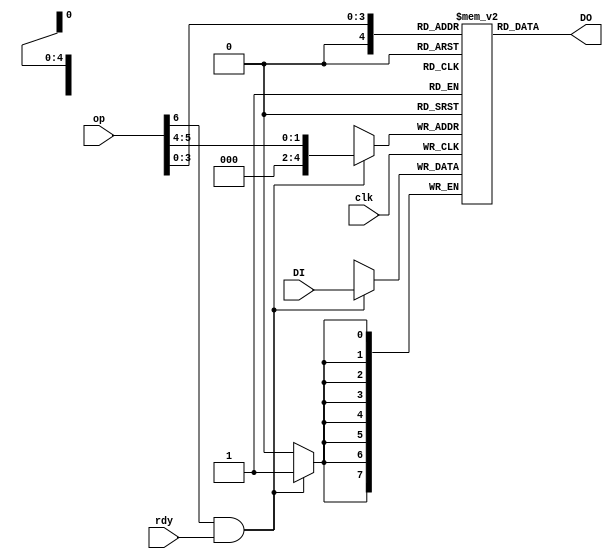
/*
 * simple dual ported register file
 *
 * (C) Arlet Ottens <arlet@c-scape.nl>
 */
module regfile(
    input clk,
    input rdy,
    input [6:0] op,
    input [7:0] DI,
    output [7:0] DO );

reg [7:0] regs[31:0];                   // register file

initial begin
    regs[0]  = 2;                       // X register 
    regs[1]  = 3;                       // Y register 
    regs[2]  = 8'h41;                   // A register
    regs[3]  = 8'hff;                   // S register
    regs[4]  = 8'h00;                   // always zero
    regs[5]  = 8'h01;                   // always zero 
    regs[6]  = 8'hff;                   // for DEC
    regs[7]  = 8'h00;                   // Z register, always zero
    regs[8]  = 8'hf9;                   // NMI - 1
    regs[9]  = 8'hfb;                   // RST - 1
    regs[10] = 8'hfd;                   // BRK - 1
end

`ifdef SIM
wire [7:0] X = regs[0];
wire [7:0] Y = regs[1];
wire [7:0] A = regs[2];
wire [7:0] S = regs[3];
`endif

wire [4:0] reg_wr = {3'b000, op[5:4] }; 
wire [4:0] reg_rd = {1'b0,   op[3:0] };
assign DO = regs[reg_rd]; 
wire we = op[6];

/*
 * write register file. New data for any of the 
 * registers always comes from the ALU output.
 */
always @(posedge clk)
    if( we & rdy )
        regs[reg_wr] <= DI;

endmodule